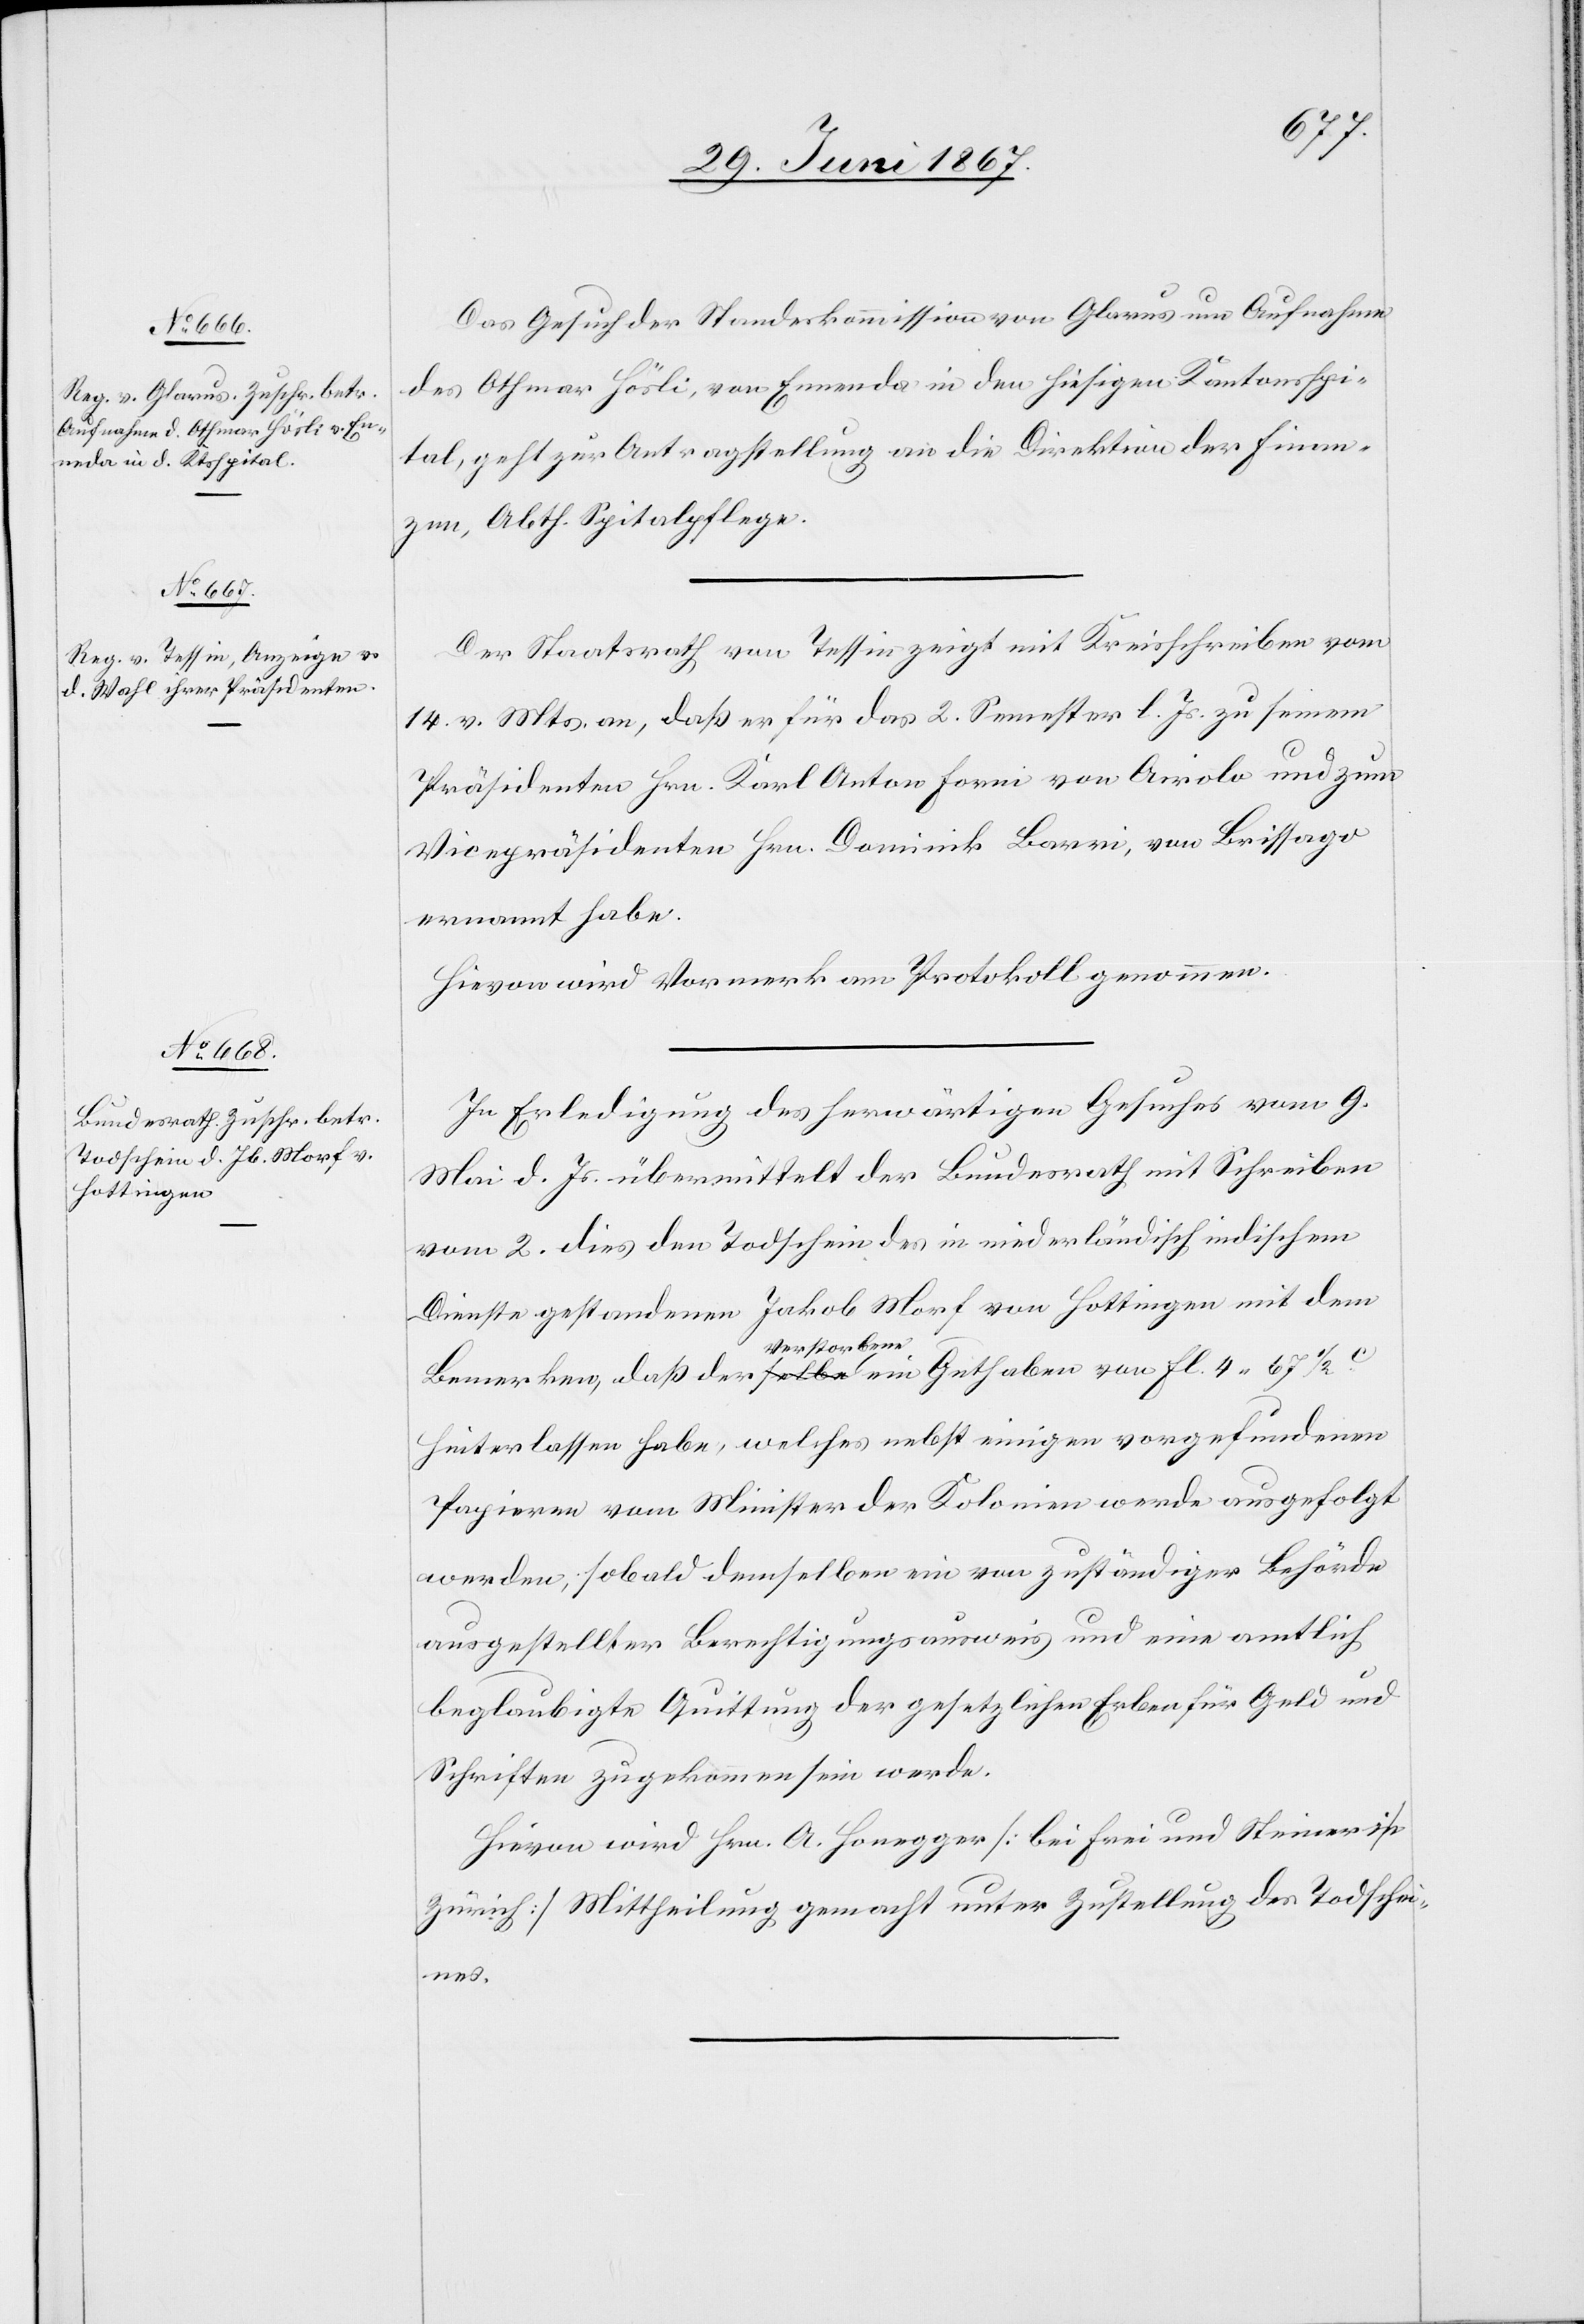
6. Juli 1867.]
Das Gesuch der Standeskommission von Glarus um Aufnahme
des Othmar Häsli, von Ennenda in den hiesigen Kantonsspi¬
tal, geht zur Antragstellung an die Direktion der Finan¬
zen, Abth. Spitalpflege.
Der Staatsrath von Tessin zeigt mit Kreisschreiben vom
14. v. Mts. an, daß er für das 2. Semester l. Js. zu seinem
Präsidenten Hrn. Karl Anton Forni von Airolo und zum
Vicepräsidenten Hrn. Dominik Barri, von Brissago
ernannt habe.
Hievon wird Vormerk am Protokoll genommen.
In Erledigung des herwärtigen Gesuches vom 9.
Mai d. Js. übermittelt der Bundesrath mit Schreiben
vom 2. dies den Todschein des in niederländisch indischen
Dienste gestandenen Jakob Morf von Hottingen mit dem
Bemerken, daß der Verstorbene ein Guthaben von fl. 4.67 1/2c.
hinterlassen habe, welches nebst einigen vorgefundenen
Papieren vom Minister der Kolonien werde ausgefolgt
werden, sobald demselben ein von zuständiger Behörde
ausgestellter Berechtigungsausweis und eine amtlich
beglaubigte Quittung der gesetzlichen Erben für Geld und
Schriften zugekommen sein werde.
Hievon wird Hrn. A. Honegger [bei Frei und Steiner in
Zürich] Mittheilung gemacht unter Zustellung des Todschei¬
nes.